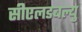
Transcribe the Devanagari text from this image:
सीएलडबल्यु